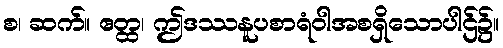
စ၊ ဆက်။ ဧတ္ထ၊ ဤဒဿနူပစာရံဝါအစရှိသောပါဌ်၌။